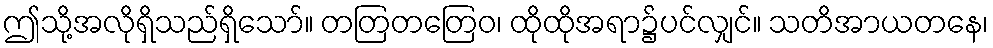
ဤသို့အလိုရှိသည်ရှိသော်။ တတြတတြေဝ၊ ထိုထိုအရာ၌ပင်လျှင်။ သတိအာယတနေ၊